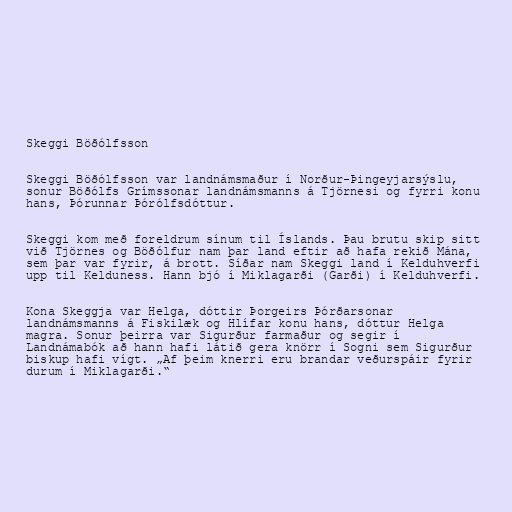
Skeggi Böðólfsson

Skeggi Böðólfsson var landnámsmaður í Norður-Þingeyjarsýslu,
sonur Böðólfs Grímssonar landnámsmanns á Tjörnesi og fyrri konu
hans, Þórunnar Þórólfsdóttur.

Skeggi kom með foreldrum sínum til Íslands. Þau brutu skip sitt
við Tjörnes og Böðólfur nam þar land eftir að hafa rekið Mána,
sem þar var fyrir, á brott. Síðar nam Skeggi land í Kelduhverfi
upp til Kelduness. Hann bjó í Miklagarði (Garði) í Kelduhverfi.

Kona Skeggja var Helga, dóttir Þorgeirs Þórðarsonar
landnámsmanns á Fiskilæk og Hlífar konu hans, dóttur Helga
magra. Sonur þeirra var Sigurður farmaður og segir í
Landnámabók að hann hafi látið gera knörr í Sogni sem Sigurður
biskup hafi vígt. „Af þeim knerri eru brandar veðurspáir fyrir
durum í Miklagarði.“